King Institute of Preventive Medicine Micro-Biological Section reports 1909-11
Year: 1909
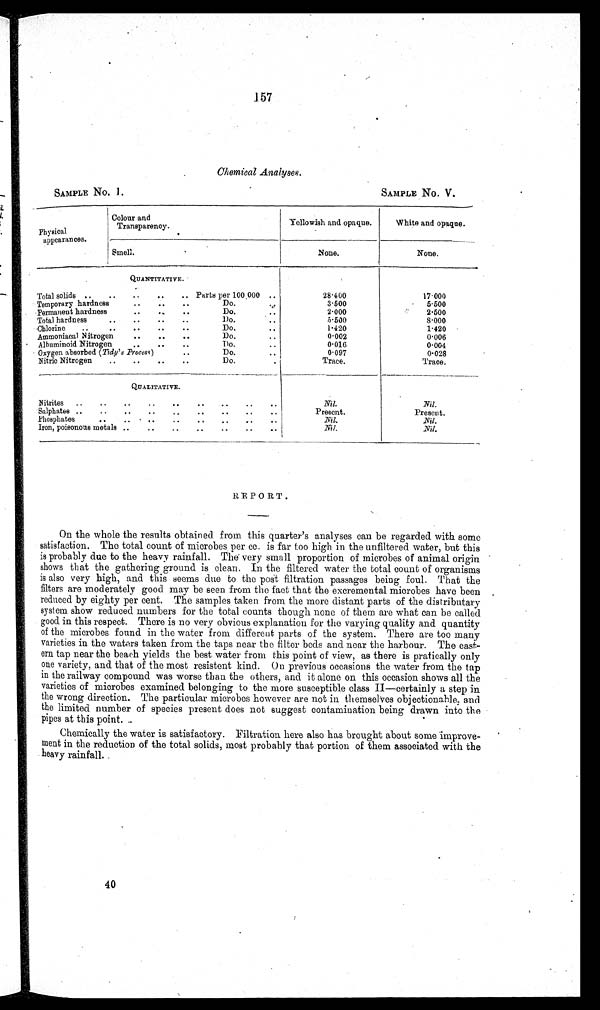
SAMPLE NO. 1.
SAMPLE NO. V.
157
Chemical Analyses.
Physical
appearances.
Colour and
Transparency.
Yellowish and opaque.
White and opaque.
Smell.
None.
None.
QUANTITATIVE.
Total solids ..
..
..
..
.. Parts per 100 , 000
28...400
1 7 . . . 0 0 0
Temporary hardness
..
..
..
Do.
3...500
5 . . . 5 0 0
Permanent hardness
..
..
..
Do.
. .
2...000
2...500
Total hardness
..
..
..
..
Do.
•
5.500
8.000
-Chlorine
. ,
..
..
..
..
Do.
. .
1...420
1 . . . 4 2 0
Ammoniacal Nitrogen
..
..
..
Do.
0...002
0.006
Albuminoid Nitrogen
..
..
..
Do
..
0...016
0.004
Oxygen absorbed (Tidy's Process)
..
Do.
. .
0...097
0...028
Nitric Nitrogen
..
..
..
..
Do.
Trace.
Trace.
QUALITATIVE.
Nitrites
..
..
..
..
..
..
..
Nil.
Nil.
Sulphates ..
..
..
..
..
..
..
..
..
Present.
Present.
Phosphates
. .
..
. .. ..
..
..
. .
..
Nil.
Nil.
Iron, poisonous metals ..
. .
..
..
..
..
Nil.
Nil.
REPORT.
On the whole the results obtained from this quarter's analyses can be regarded with some
satisfaction. The total count of microbes per cc. is far too high in the unfiltered water, but this
is probably due to the heavy rainfall. The very small proportion of microbes of animal origin
shows that the gathering ground is clean. In the filtered water the total count of organisms
is also very high, and this seems due to the post filtration passages being foul. That the
filters are moderately good may be seen from the fact that the excremental microbes have been
reduced by eighty per cent. The samples taken from the more distant parts of the distributary
system show reduced numbers for the total counts though none of them are what can be called
good in this respect. There is no very obvious explanation for the varying quality and quantity
of the microbes found in the water from different parts of the system. There are too many
varieties in the waters taken from the taps near the filter beds and near the harbour. The east-
ern tap near the beach yields the best water from this point of view, as there is pratically only
one variety, and that of the most resistent kind. On previous occasions the water from the tap
in the railway compound was worse than the others, and it alone on this occasion shows all the
varieties of microbes examined belonging to the more susceptible class II—certainly a step in
the wrong direction. The particular microbes however are not in themselves objectionable, and
the limited number of species present does not suggest contamination being drawn into the
pipes at this point. ..
Chemically the water is satisfactory. Filtration here also has brought about some improve-
ment in the reduction of the total solids, most probably that portion of them associated with the
heavy rainfall.
4 0
40